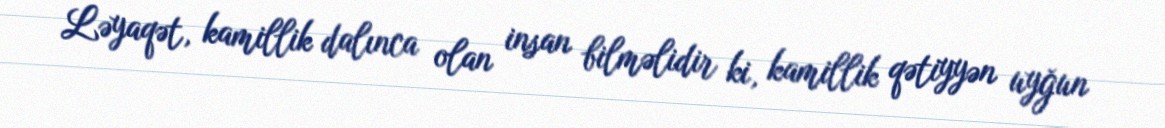
Ləyaqət, kamillik dalınca olan insan bilməlidir ki, kamillik qətiyyən uyğun